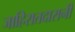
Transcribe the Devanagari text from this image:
जाहिरातदारानी